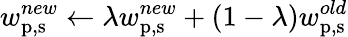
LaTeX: w_{\mathrm{p,s}}^{new}\leftarrow\lambda w_{\mathrm{p,s}}^{new}+(1-\lambda)w_{\mathrm{p,s}}^{old}